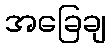
အခြေချ